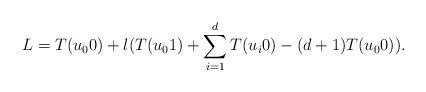
LaTeX: \begin{align*} L=T(u_00)+\l(T(u_01)+\sum_{i=1}^dT(u_i0)-(d+1)T(u_00)).\end{align*}